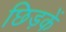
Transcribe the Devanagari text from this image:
छिड़कें